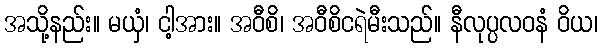
အသို့နည်း။ မယှံ၊ ငါ့အား။ အဝီစိ၊ အဝီစိငရဲမီးသည်။ နီလုပ္ပလဝနံ ဝိယ၊